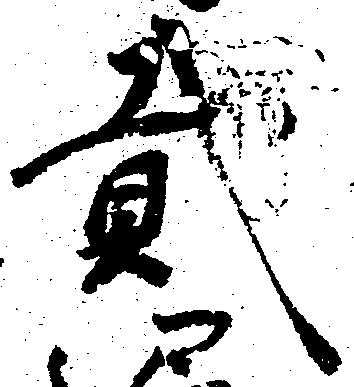
弐